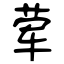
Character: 荤